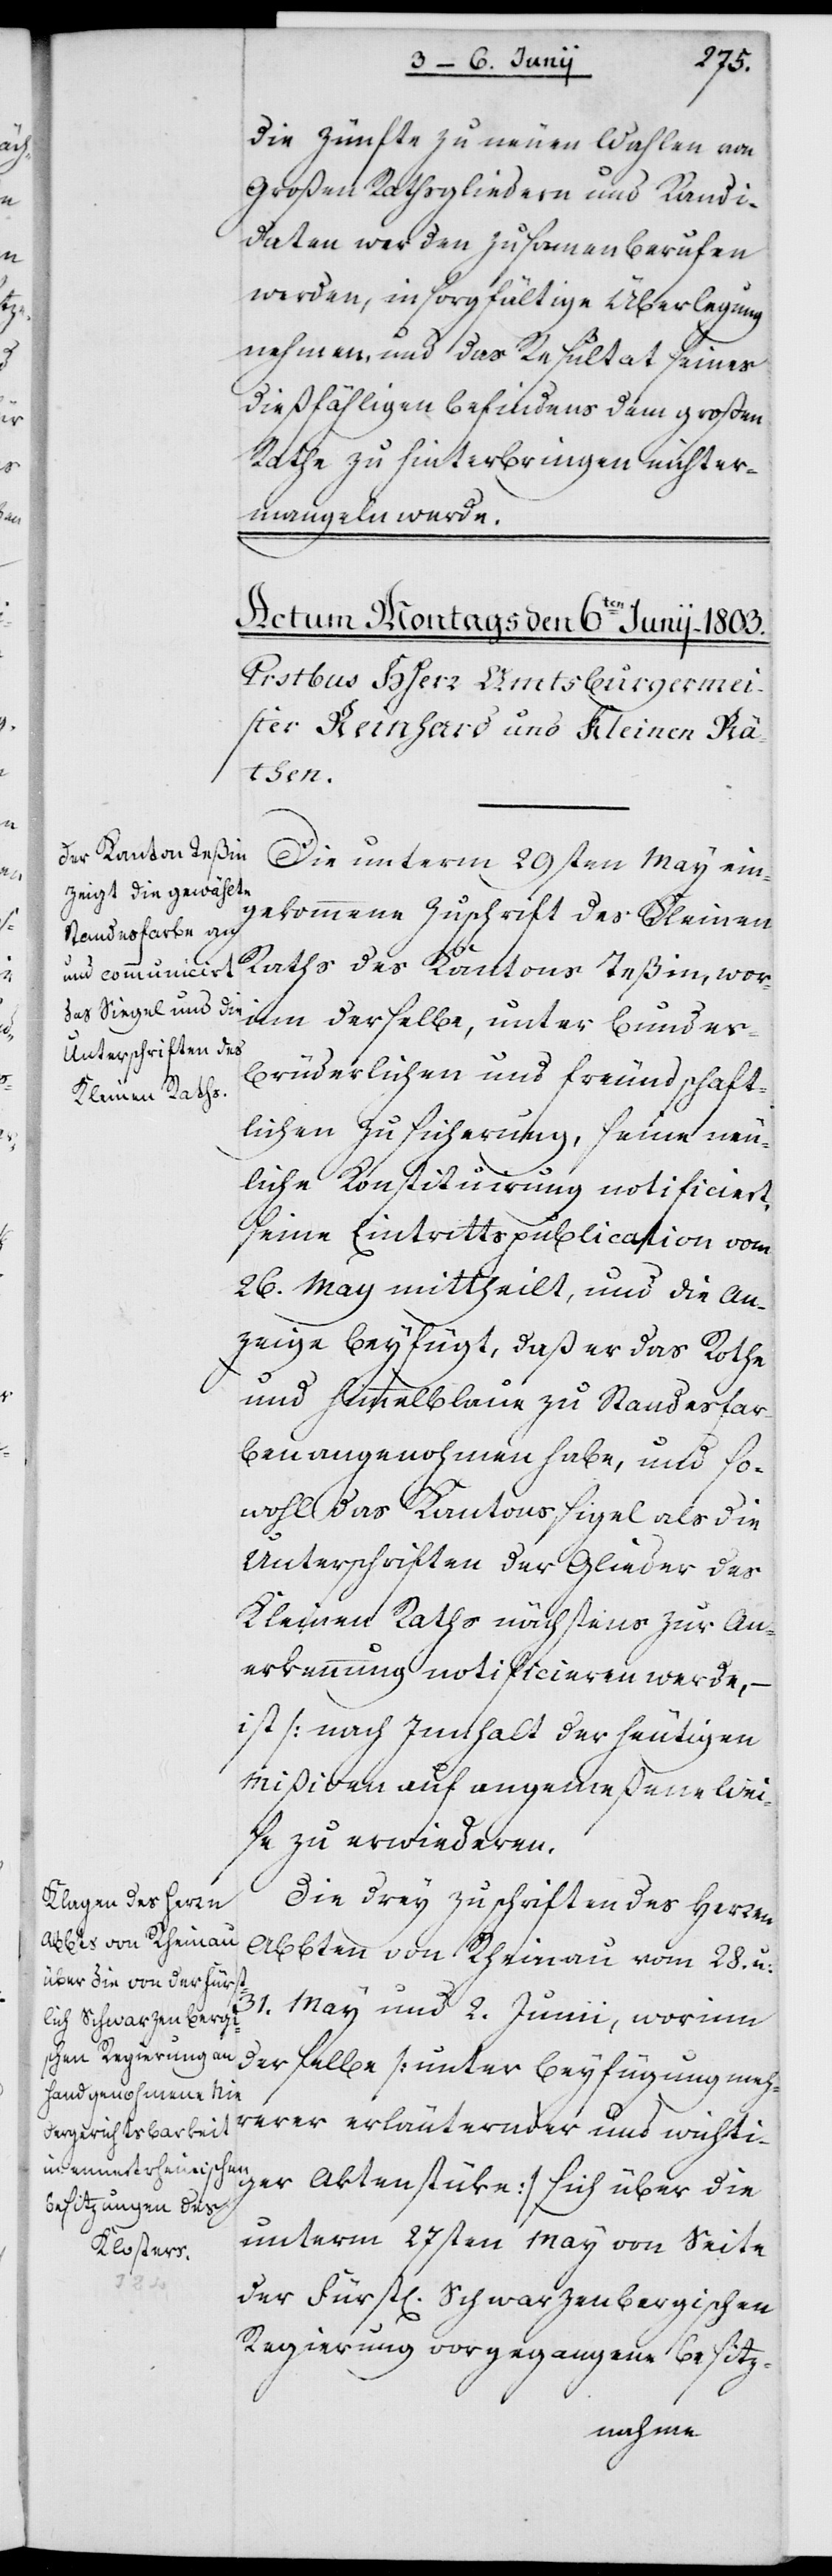
die Zünfte zu neuen Wahlen von
Großen Rathsgliedern und Kandi¬
daten werden zusammenberufen
werden, in sorgfältige Überlegung
nehmen, und das Resultat seines
dießfälligen Befindens dem Großen
Rathe zu hinterbringen nicht er¬
mangeln werde.
Die unterm 29sten May ein¬
gekommene Zuschrift des Kleinen
Raths des Kantons Teßin, wor¬
inn derselbe, unter bundes¬
brüderlichen und freundschaft¬
lichen Zusicherung[en], seine neu¬
liche Konstituirung notificiert,
seine Eintrittspublication vom
26. May mittheilt und die An¬
zeige beyfügt, daß er das Rothe
und Himmelblaue zu Standesfar¬
ben angenohmen habe, und so¬
wohl das Kantonssigel als die
Unterschriften der Glieder des
Kleinen Raths nächstens zur An¬
erkennung notificieren werde, –
ist (nach Innhalt der heutigen
Mißiven) auf angemeßene Wei¬
se zu erwiederen.
Die drey Zuschriften des Herren
Abbten von Rheinau vom 28. u.
31.
May und 2. Junii, worinn
derselbe (unter Beyfügung meh¬
rerer erläuternder und wichti¬
ger Aktenstüke) sich über die
unterm 27sten May von Seite
der Fürstl. Schwarzenbergischen
Regierung vorgegangene Besitz-